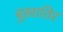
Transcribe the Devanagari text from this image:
बुखातिर